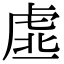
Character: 𧆳